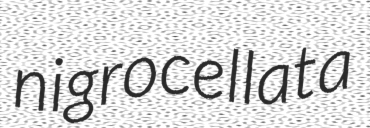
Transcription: nigrocellata